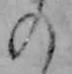
の